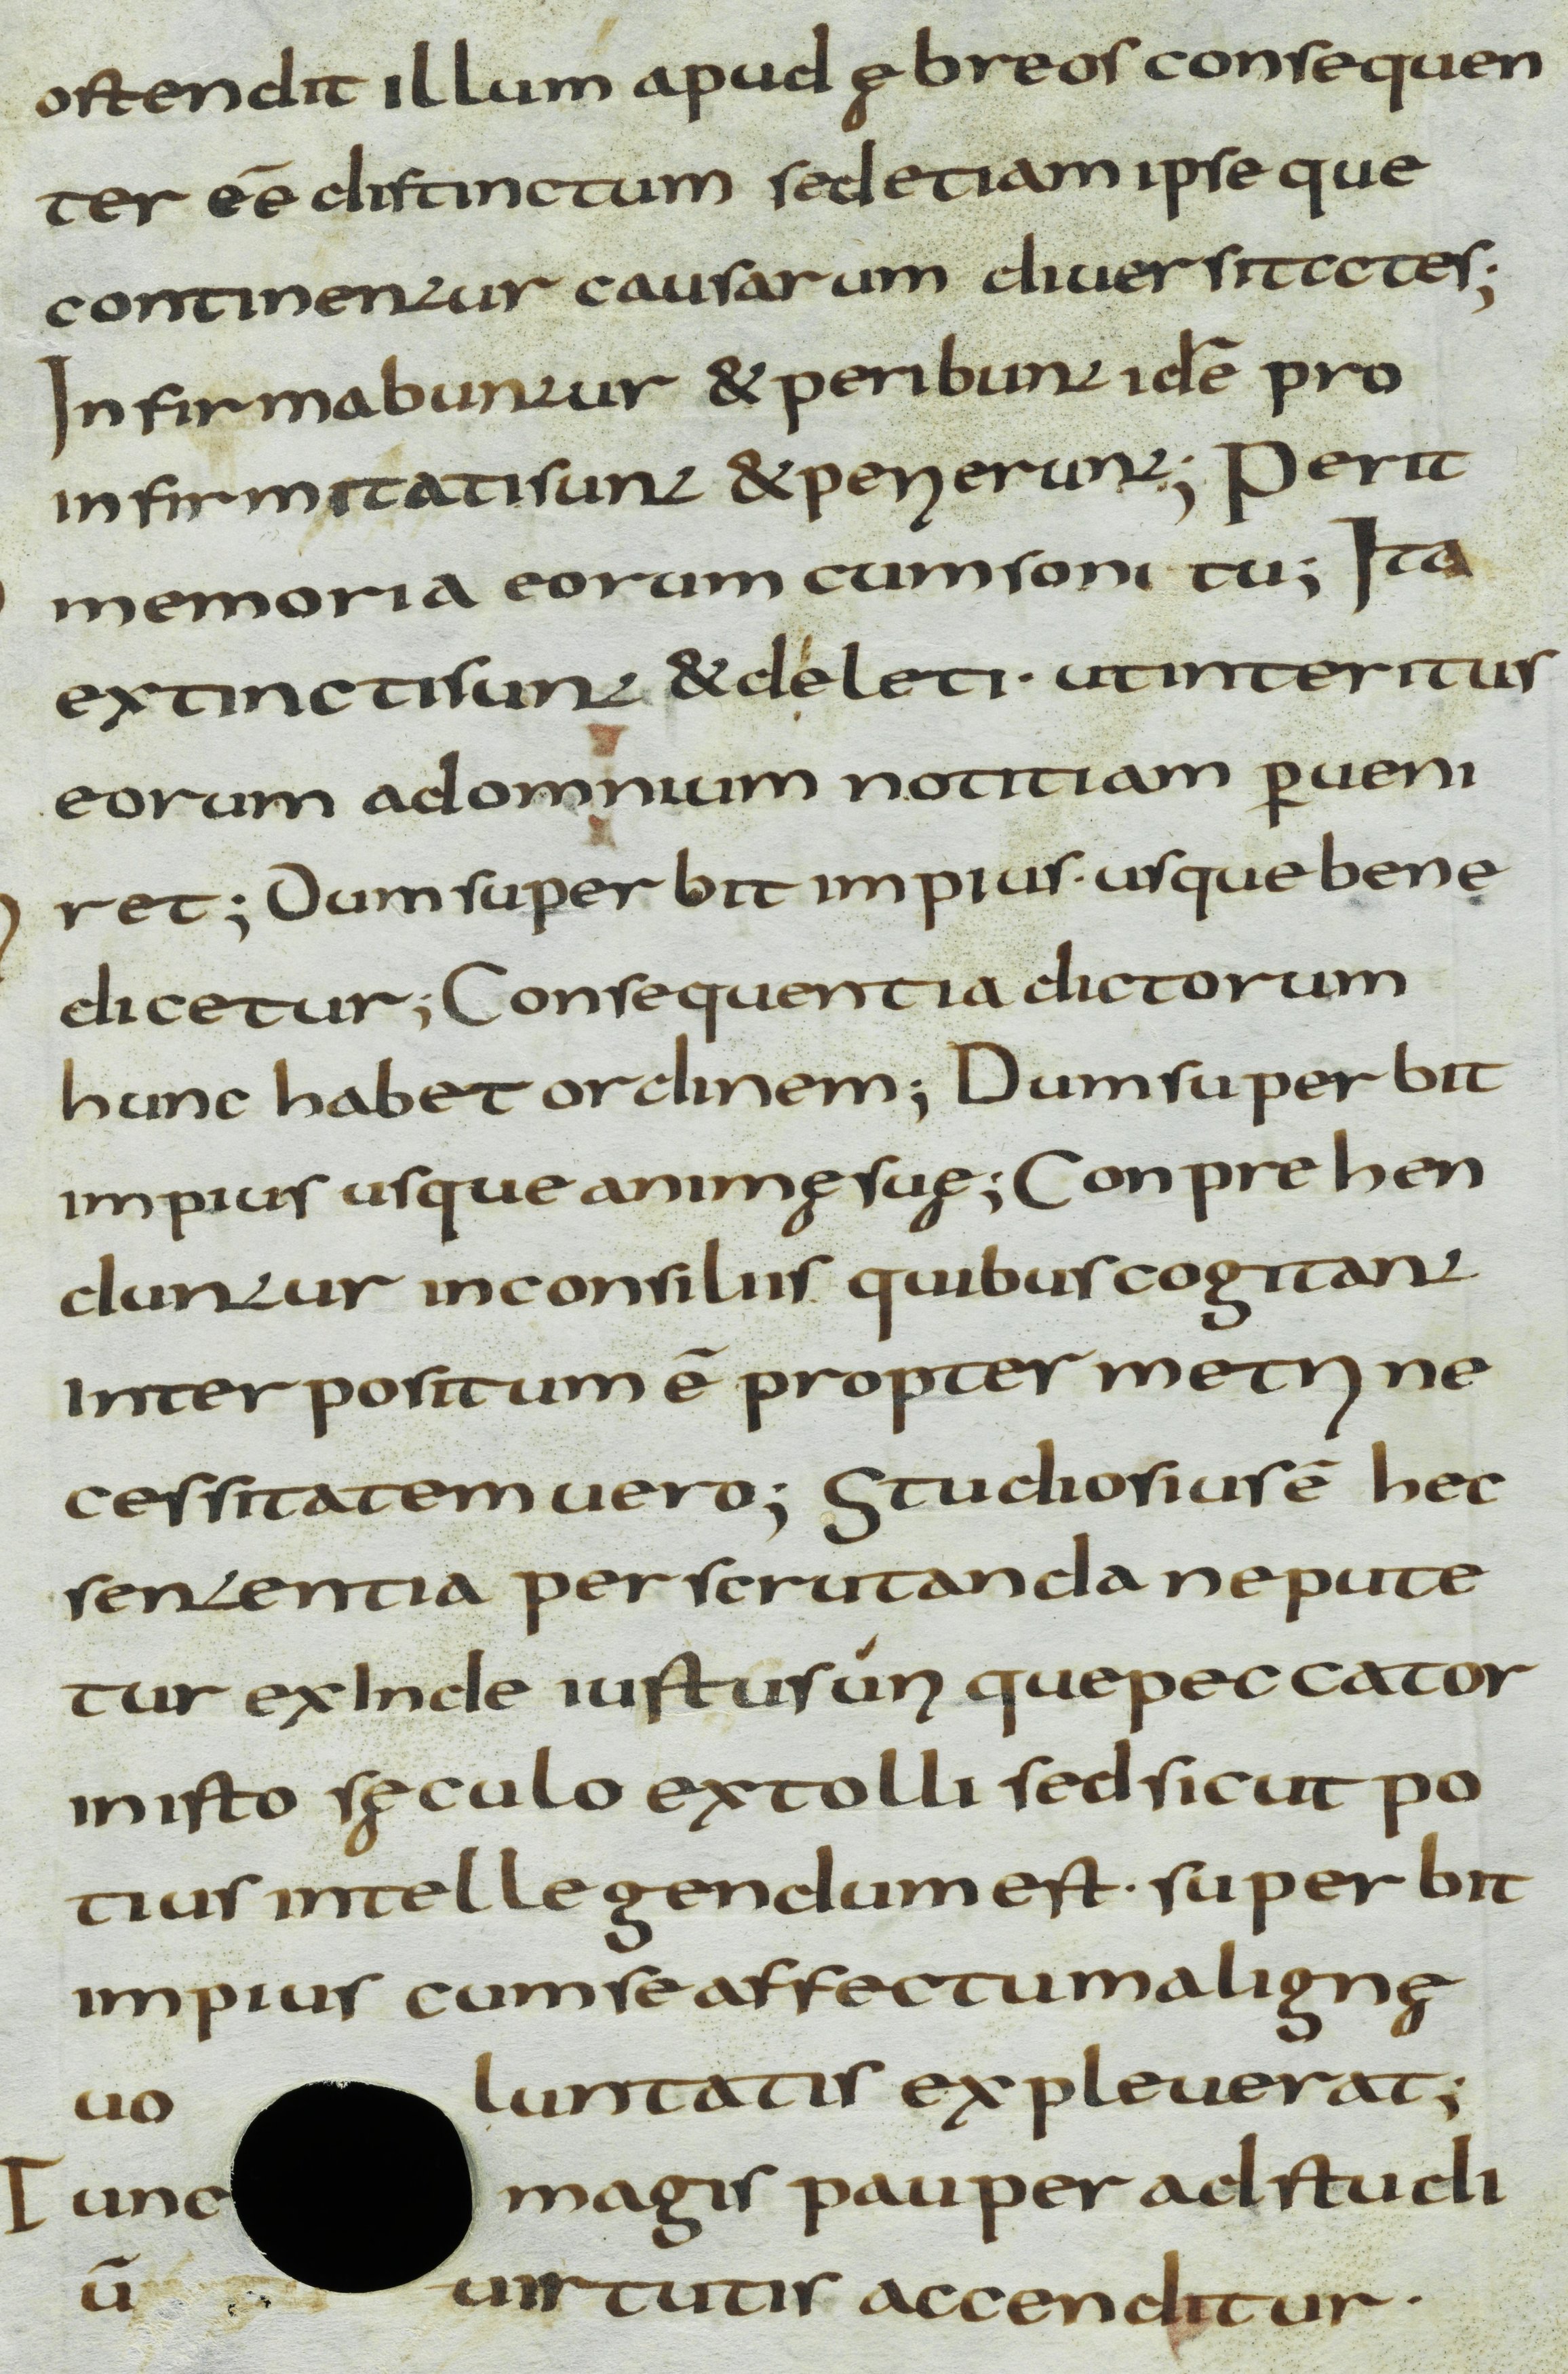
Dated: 800–899